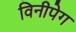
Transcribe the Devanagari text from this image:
विनीपेग